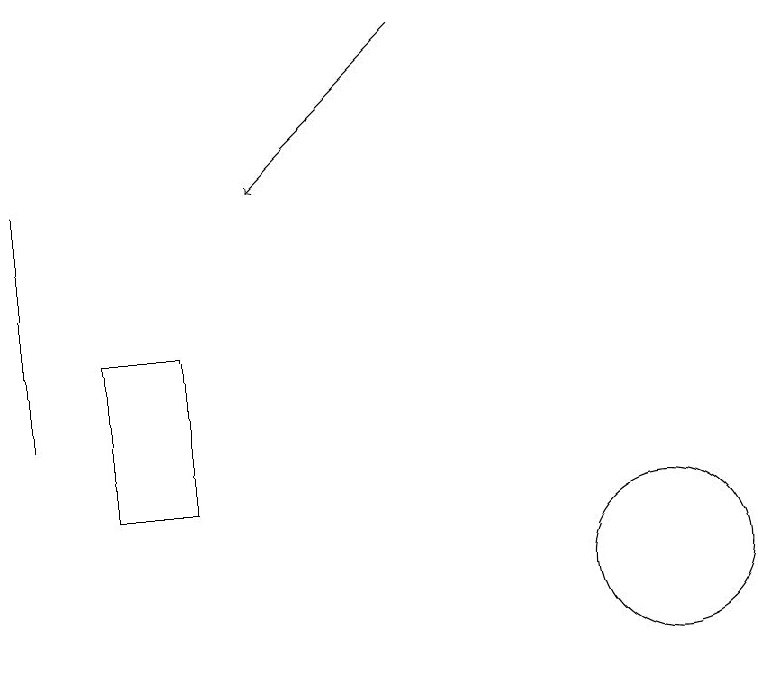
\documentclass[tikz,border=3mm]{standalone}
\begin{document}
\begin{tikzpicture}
\draw (11,10) circle (1);
\draw (3,12) rectangle (3,15);
\draw[->] (8,17) -- (6,15);
\draw (4,11) rectangle (5,13);
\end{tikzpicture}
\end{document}